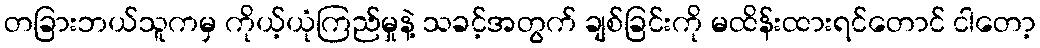
တခြားဘယ်သူကမှ ကိုယ့်ယုံကြည်မှုနဲ့ သခင့်အတွက် ချစ်ခြင်းကို မထိန်းထားရင်တောင် ငါတော့